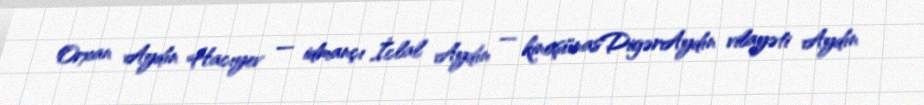
Orxan Aydın Hacıyev — idmançı İclal Aydın — kinoşünasDigərAydın vilayəti Aydın